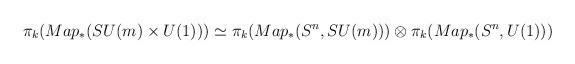
LaTeX: \begin{align*}\pi_{k}(Map_{\ast}(SU(m)\times U(1))) \simeq \pi_{k}(Map_{\ast}(S^n,SU(m))) \otimes \pi_{k}(Map_{\ast}(S^n,U(1)))\end{align*}